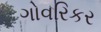
ગોવરિકર